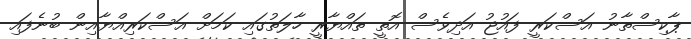
ޕާކިސްތާނު އަސްކަރީ ފައުޖު އަދިވެސް އޮތީ ތައްޔާރީ ހާލަތުގައި ކަމަށް އަސްކަރިއްޔާއިން ބުނެފައި